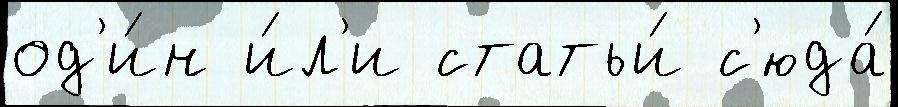
од'и́н и́л'и статьи́ с'юда́